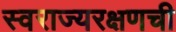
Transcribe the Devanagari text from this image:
स्वराज्यरक्षणची